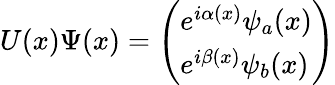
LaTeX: U(x)\Psi(x)=\left(\begin{array}{l}{{e^{i\alpha(x)}\psi_{a}(x)}}\\ {{e^{i\beta(x)}\psi_{b}(x)}}\end{array}\right)